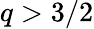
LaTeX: q>3/2